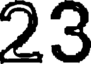
23